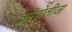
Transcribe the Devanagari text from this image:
कोंडोलीजा